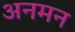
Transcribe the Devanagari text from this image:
अनमन